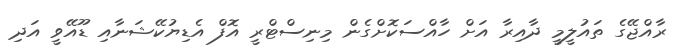
ރާއްޖޭގެ ތައުލީމީ ދާއިރާ އަށް ހާއްސަކޮށްގެން މިނިސްޓްރީ އޮފް އެޑިޔުކޭޝަނާއި ޑޫއޭވީ އަދި